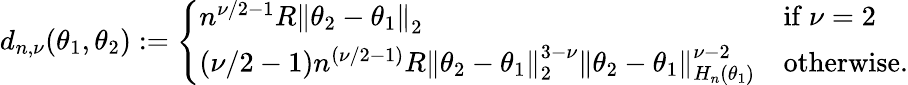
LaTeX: \begin{array}{r}{d_{n,\nu}(\theta_{1},\theta_{2}):=\left\{ \begin{array}{ll}{n^{\nu/2-1}R\left\lVert\theta_{2}-\theta_{1}\right\rVert_{2}}&{\mathrm{if~}\nu=2}\\ {(\nu/2-1)n^{(\nu/2-1)}R\left\lVert\theta_{2}-\theta_{1}\right\rVert_{2}^{3-\nu}\left\lVert\theta_{2}-\theta_{1}\right\rVert_{H_{n}(\theta_{1})}^{\nu-2}}&{\mathrm{otherwise}.}\end{array}\right.}\end{array}